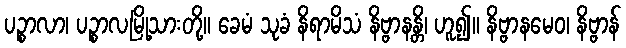
ပဉ္စာလာ၊ ပဉ္စာလမြို့သားတို့။ ခေမံ သုခံ နိရာမိသံ နိဗ္ဗာနန္တိ၊ ဟူ၍။ နိဗ္ဗာနမေဝ၊ နိဗ္ဗာန်